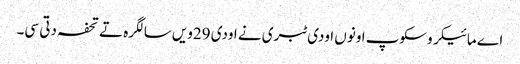
اے مائیکروسکوپ اونوں اودی ٹبری نے اودی 29ویں سالگرہ تے تحفہ دتی سی۔